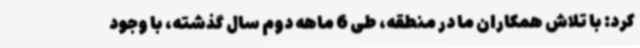
کرد: با تلاش همکاران ما در منطقه، طی 6 ماهه دوم سال گذشته، با وجود